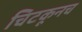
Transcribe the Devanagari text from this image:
चिटकूनच